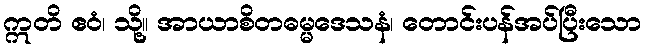
ဣတိ ဧဝံ၊ သို့။ အာယာစိတဓမ္မဒေသနံ၊ တောင်းပန်အပ်ပြီးသော